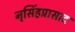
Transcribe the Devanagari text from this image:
नृसिंहप्रासाद